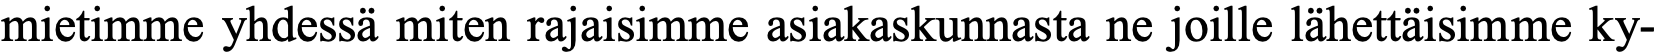
mietimme yhdessä miten rajaisimme asiakaskunnasta ne joille lähettäisimme ky-